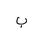
Letter: _ba